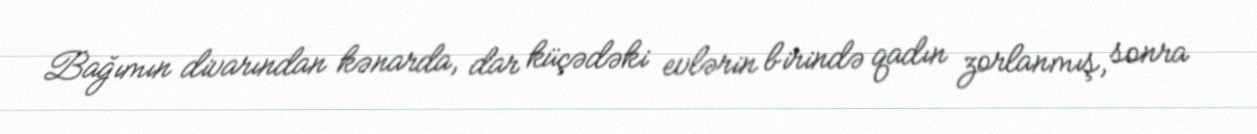
Bağımın divarından kənarda, dar küçədəki evlərin birində qadın zorlanmış, sonra